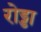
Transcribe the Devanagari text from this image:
रोड्डा